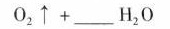
O _ { 2 } \uparrow + ___ H _ { 2 } O$$